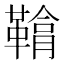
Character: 𩌒